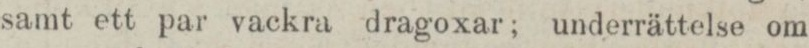
samt ett par vackra dragoxar; underrättelse om